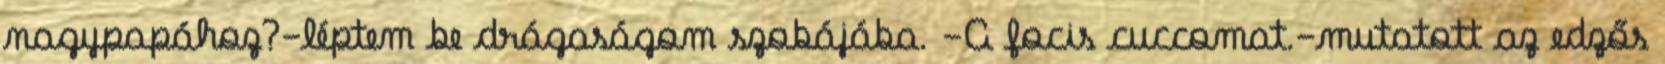
nagypapához?-léptem be drágaságom szobájába. -A focis cuccomat.-mutatott az edzős